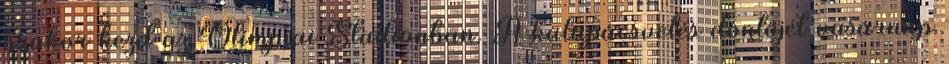
órakor kezd az Olimpiai Stadionban. A kalapácsvetés döntőjét vasárnap